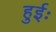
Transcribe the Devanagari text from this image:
हुईः